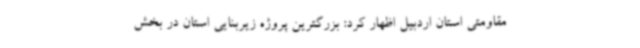
مقاومتی استان اردبیل اظهار کرد: بزرگترین پروژه زیربنایی استان در بخش